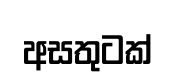
අසතුටක්